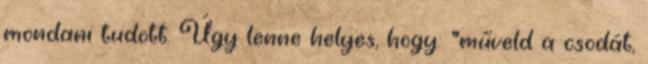
mondani tudott. Úgy lenne helyes, hogy: "műveld a csodát,